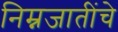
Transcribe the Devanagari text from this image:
निम्नजातींचे